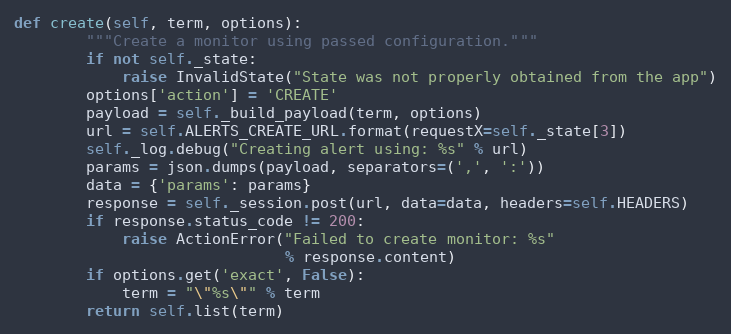
Language: Python
def create(self, term, options):
        """Create a monitor using passed configuration."""
        if not self._state:
            raise InvalidState("State was not properly obtained from the app")
        options['action'] = 'CREATE'
        payload = self._build_payload(term, options)
        url = self.ALERTS_CREATE_URL.format(requestX=self._state[3])
        self._log.debug("Creating alert using: %s" % url)
        params = json.dumps(payload, separators=(',', ':'))
        data = {'params': params}
        response = self._session.post(url, data=data, headers=self.HEADERS)
        if response.status_code != 200:
            raise ActionError("Failed to create monitor: %s"
                              % response.content)
        if options.get('exact', False):
            term = "\"%s\"" % term
        return self.list(term)